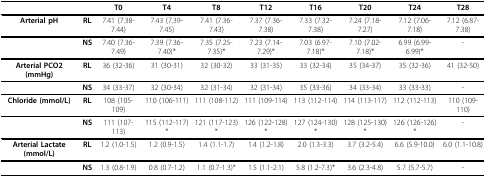
<table><thead><tr><td>[EMPTY_CELL]</td><td>[EMPTY_CELL]</td><td><b>T0</b></td><td><b>T4</b></td><td><b>T8</b></td><td><b>T12</b></td><td><b>T16</b></td><td><b>T20</b></td><td><b>T24</b></td><td><b>T28</b></td></tr></thead><tbody><tr><td><b>Arterial pH</b></td><td><b>RL</b></td><td>7.41 (7.38-7.44)</td><td>7.43 (7.39-7.45)</td><td>7.41 (7.36-7.43)</td><td>7.37 (7.36-7.38)</td><td>7.33 (7.32-7.38)</td><td>7.24 (7.18-7.27)</td><td>7.12 (7.06-7.18)</td><td>7.12 (6.87-7.38)</td></tr><tr><td>[EMPTY_CELL]</td><td><b>NS</b></td><td>7.40 (7.36-7.49)</td><td>7.39 (7.36-7.40)*</td><td>7.35 (7.25-7.35)*</td><td>7.23 (7.14-7.29)*</td><td>7.03 (6.97-7.18)*</td><td>7.10 (7.02-7.18)*</td><td>6.99 (6.99-6.99)*</td><td>-</td></tr><tr><td><b>Arterial PCO2 (mmHg)</b></td><td><b>RL</b></td><td>36 (32-36)</td><td>31 (30-31)</td><td>32 (30-32)</td><td>33 (31-35)</td><td>33 (32-34)</td><td>35 (34-37)</td><td>35 (32-36)</td><td>41 (32-50)</td></tr><tr><td>[EMPTY_CELL]</td><td><b>NS</b></td><td>34 (33-37)</td><td>32 (30-34)</td><td>32 (31-34)</td><td>32 (31-34)</td><td>35 (33-36)</td><td>34 (33-34)</td><td>33 (33-33)</td><td>-</td></tr><tr><td><b>Chloride (mmol/L)</b></td><td><b>RL</b></td><td>108 (105-109)</td><td>110 (106-111)</td><td>111 (108-112)</td><td>111 (109-114)</td><td>113 (112-114)</td><td>114 (113-117)</td><td>112 (112-113)</td><td>110 (109-110)</td></tr><tr><td>[EMPTY_CELL]</td><td><b>NS</b></td><td>111 (107-113)</td><td>115 (112-117)*</td><td>121 (117-123)*</td><td>126 (122-128)*</td><td>127 (124-130)*</td><td>128 (125-130)*</td><td>126 (126-126)*</td><td>-</td></tr><tr><td><b>Arterial Lactate (mmol/L)</b></td><td><b>RL</b></td><td>1.2 (1.0-1.5)</td><td>1.2 (0.9-1.5)</td><td>1.4 (1.1-1.7)</td><td>1.4 (1.2-1.8)</td><td>2.0 (1.3-3.3)</td><td>3.7 (3.2-5.4)</td><td>6.6 (5.9-10.0)</td><td>6.0 (1.1-10.8)</td></tr><tr><td>[EMPTY_CELL]</td><td><b>NS</b></td><td>1.3 (0.8-1.9)</td><td>0.8 (0.7-1.2)</td><td>1.1 (0.7-1.3)*</td><td>1.5 (1.1-2.1)</td><td>5.8 (1.2-7.3)*</td><td>3.6 (2.3-4.8)</td><td>5.7 (5.7-5.7)</td><td>-</td></tr></tbody></table>